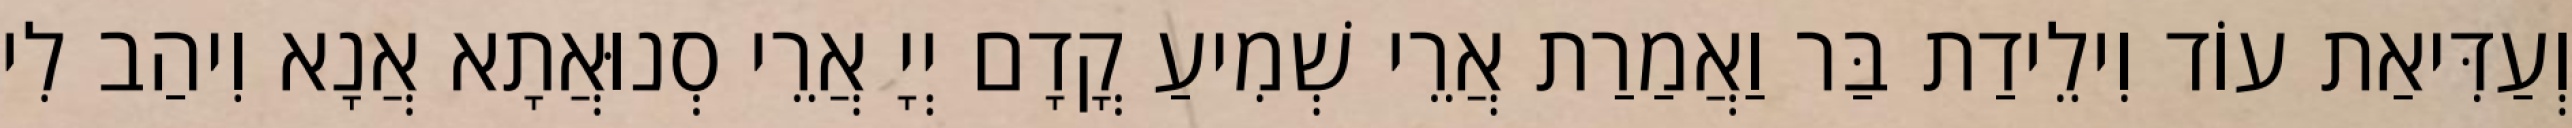
וְעַדִּיאַת עוֹד וִילֵידַת בַּר וַאֲמַרַת אֲרֵי שְׁמִיעַ קֳדָם יְיָ אֲרֵי סְנוּאֲתָא אֲנָא וִיהַב לִי